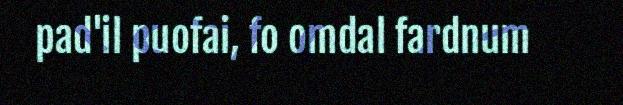
pad'il puofai, fo omdal fardnum